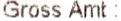
GROSS AMT :